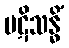
ပဋိသန္ဓိံ